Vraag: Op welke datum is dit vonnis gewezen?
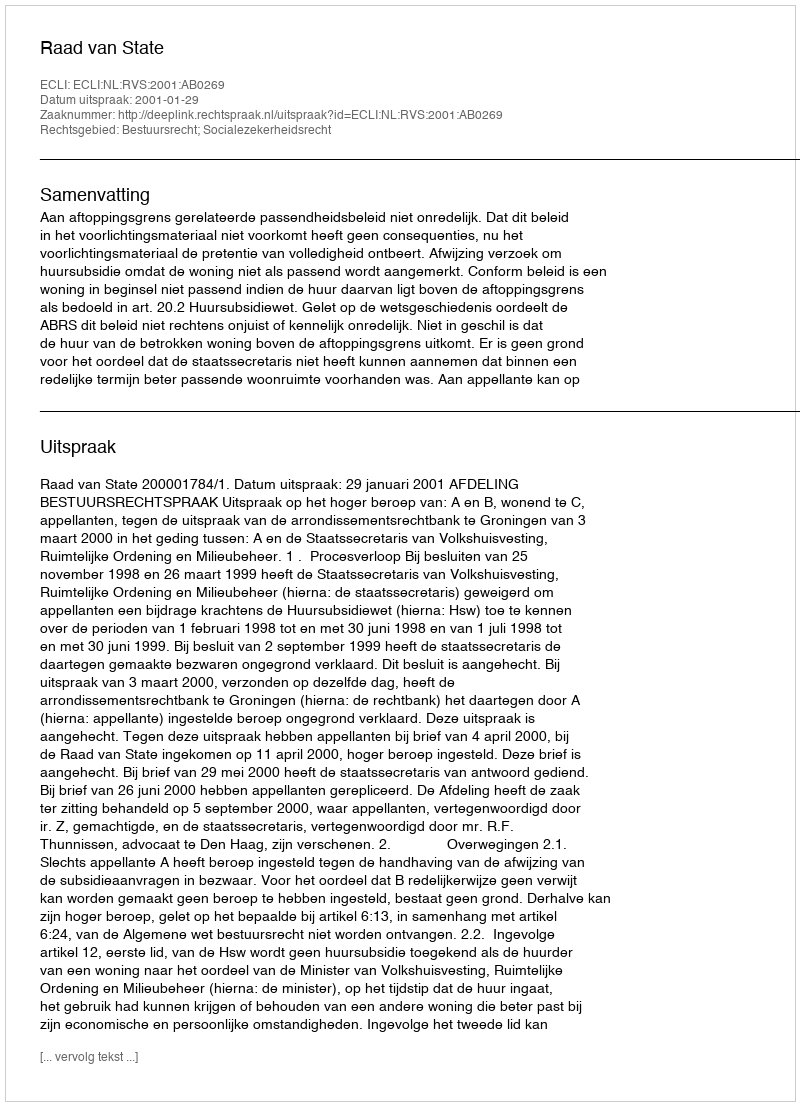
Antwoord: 2001-01-29